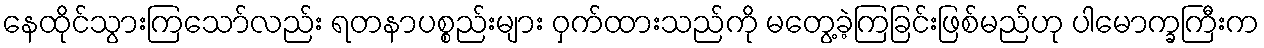
နေထိုင်သွားကြသော်လည်း ရတနာပစ္စည်းများ ဝှက်ထားသည်ကို မတွေ့ခဲ့ကြခြင်းဖြစ်မည်ဟု ပါမောက္ခကြီးက